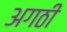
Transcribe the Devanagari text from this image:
अगठी